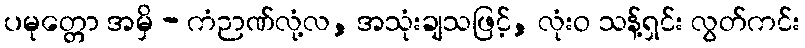
ပမုတ္တော အမှိ - ကံဉာဏ်လုံ့လ, အသုံးချသဖြင့်, လုံးဝ သန့်ရှင်း လွတ်ကင်း